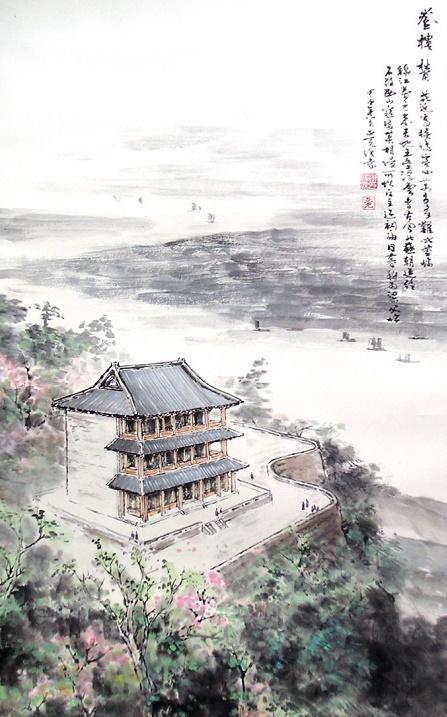
故国山川，故园心眼，还似王粲登楼。